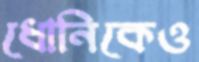
ধোনিকেও